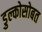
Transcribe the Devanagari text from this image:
डुल्कोसोबत